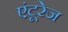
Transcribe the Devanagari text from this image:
एंटूरेज